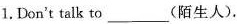
1. Don't talk to______(陌生人),